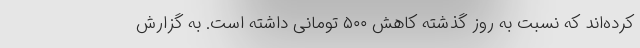
کرده‌اند که نسبت به روز گذشته کاهش ۵۰۰ تومانی داشته است. به گزارش